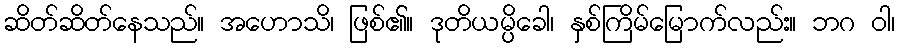
ဆိတ်ဆိတ်နေသည်။ အဟောသိ၊ ဖြစ်၏။ ဒုတိယမ္ပိခေါ၊ နှစ်ကြိမ်မြောက်လည်း။ ဘဂ ဝါ၊